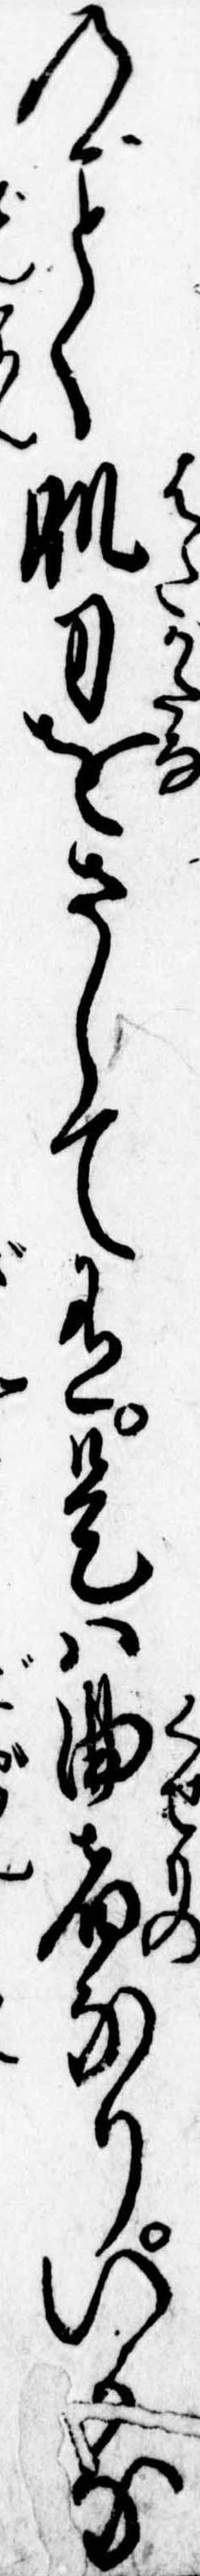
のく肌刀をさして有是は曲者なりいかな